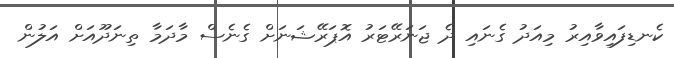
ކެނޑިފައިވާއިރު މިއަދު ގެނައި ދެ ޖަނަރޭޓަރު އޮޕަރޭޝަނަށް ގެނެސް މާދަމާ ތިނަދޫއަށް އަލުން